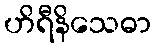
ဟိရီနိသေဓာ